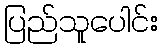
ပြည်သူပေါင်း